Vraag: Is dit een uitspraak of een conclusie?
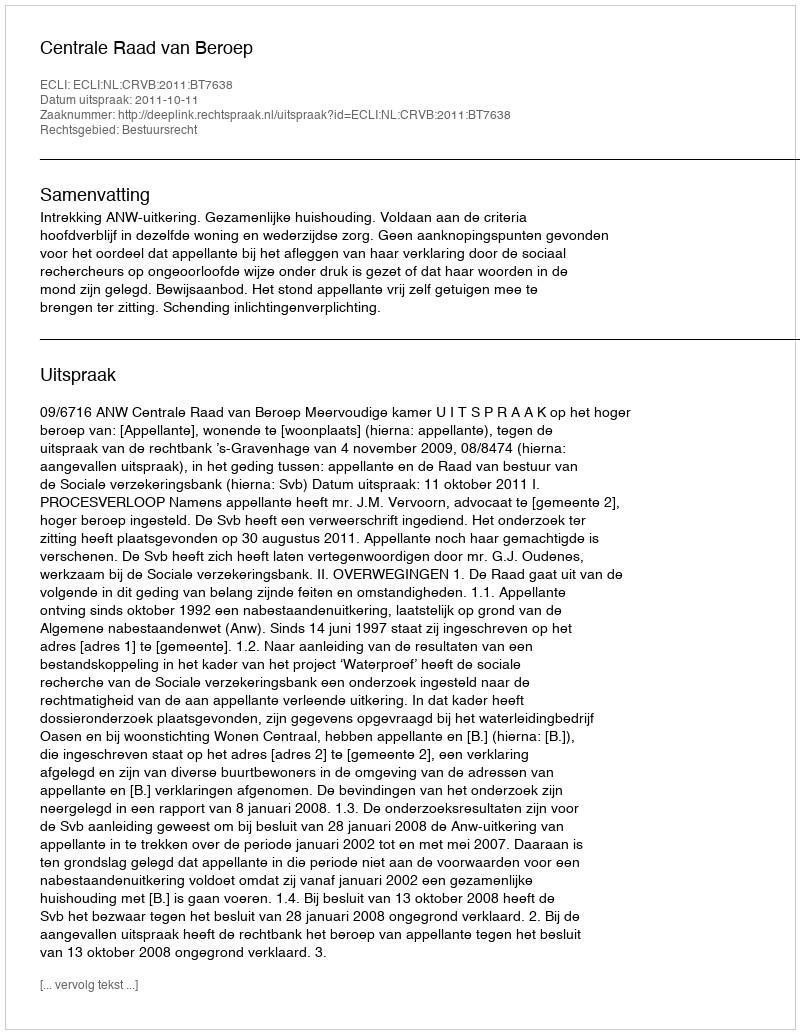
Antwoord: Uitspraak